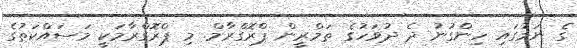
ގެ ނަމުގައި ހިންގުނު ދެ ދުވަހުގެ ތަމްރީން ޕްރޮގްރާމް. މި ޕްރޮގްރާމަކީ މަސައްކަތުގެ